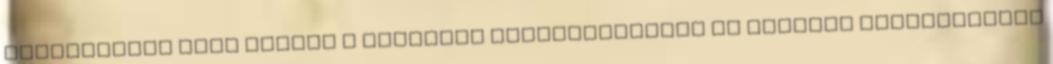
kiválogatás után később a műsorban szerepeltessék az állandó szereplőkhöz